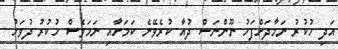
އަދި ހުކުރު ނަމާދަށްފަހު ނޫންނަސް ދުއާ ކުރެވޭނެ ކަމަށާއި ނަމަވެސް ހުކުރު ދުވަހު